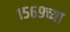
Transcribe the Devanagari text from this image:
१५६९च्या